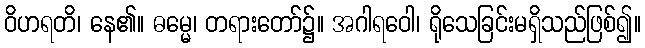
ဝိဟရတိ၊ နေ၏။ ဓမ္မေ၊ တရားတော်၌။ အဂါရဝေါ၊ ရိုသေခြင်းမရှိသည်ဖြစ်၍။